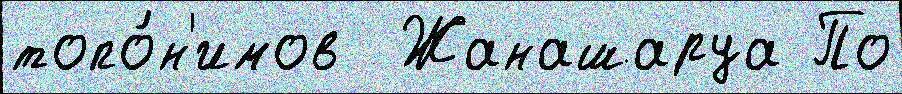
топо́н'имов  Жанашаруа По